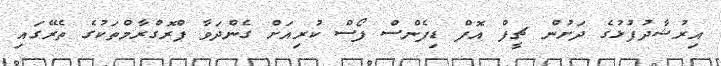
އިރުޝާދުފުޅުގެ ދަށުން ޗީފް އޮފް ޑިފެންސް ފޯސް ކުރިއަށް ގެންދަވާ ޕްރޮގްރާމްތަކުގެ ތެރޭގައި